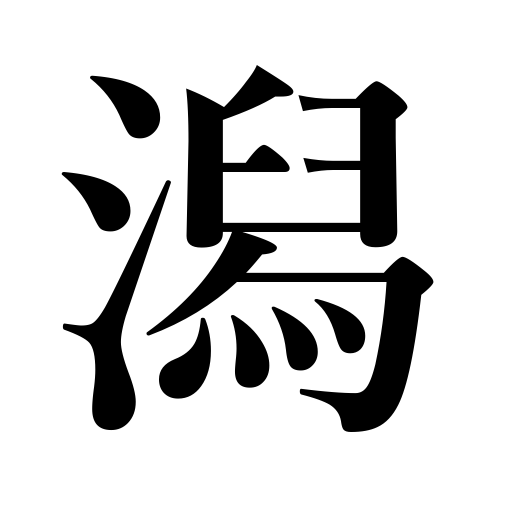
Meanings: lagoon